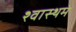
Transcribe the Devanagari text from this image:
श्वास्थमे